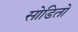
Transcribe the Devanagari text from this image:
सोडितो